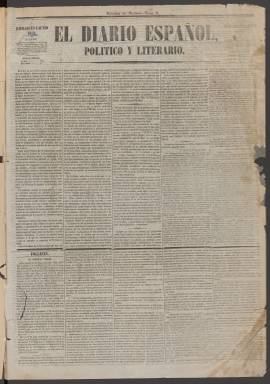
Título: El Diario español
Colección: Periódicos
Ámbito geográfico: Madrid
Lugar de publicación: Madrid
Fechas: 02/06/1852-22/12/1933

Debido a su mal estado de conservación no ha sido posible digitalizar, por el momento, los meses de enero a junio de 1876.